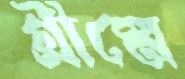
গ্রীষ্মে